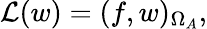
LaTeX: \mathcal{L}(w)=(f,w)_{\Omega_{A}},